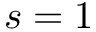
s = 1